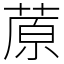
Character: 蒝